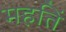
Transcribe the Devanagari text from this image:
महतिं